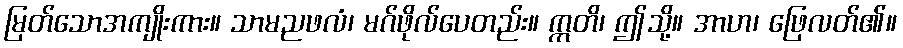
မြတ်သောအကျိုးကား။ သာမညဖလံ၊ မဂ်ဖိုလ်ပေတည်း။ ဣတိ၊ ဤသို့။ အာဟ၊ ဖြေလတ်၏။